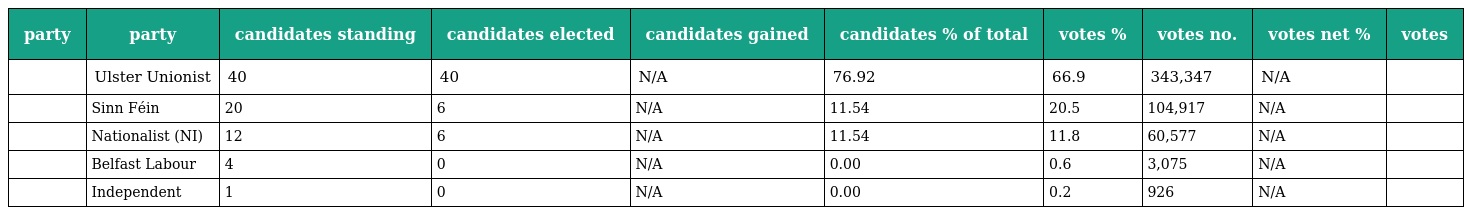
| party | party | candidates standing | candidates elected | candidates gained | candidates % of total | votes % | votes no. | votes net % | votes |
 | --- | --- | --- | --- | --- | --- | --- | --- | --- | --- |
 |  | Ulster Unionist | 40 | 40 | N/A | 76.92 | 66.9 | 343,347 | N/A |  |
 |  | Sinn Féin | 20 | 6 | N/A | 11.54 | 20.5 | 104,917 | N/A |  |
 |  | Nationalist (NI) | 12 | 6 | N/A | 11.54 | 11.8 | 60,577 | N/A |  |
 |  | Belfast Labour | 4 | 0 | N/A | 0.00 | 0.6 | 3,075 | N/A |  |
 |  | Independent | 1 | 0 | N/A | 0.00 | 0.2 | 926 | N/A |  |